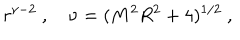
r ^ { \nu - 2 } \ , \quad \nu = ( M ^ { 2 } R ^ { 2 } + 4 ) ^ { 1 / 2 } \ ,